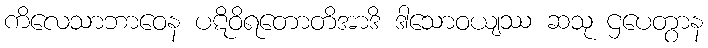
ကိလေသာဘာဝေန ပဋိဝိရတောတိအာဒိ ဒါသောဝယျဿ ဆသု ဌပေတွာန